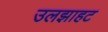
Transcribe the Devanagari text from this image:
उलझाहट